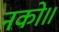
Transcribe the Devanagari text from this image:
नको॥